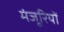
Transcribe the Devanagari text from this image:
मंजूरियों